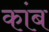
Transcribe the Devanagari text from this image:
कांब